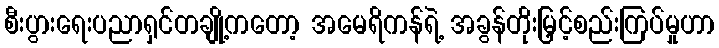
စီးပွားရေးပညာရှင်တချို့ကတော့ အမေရိကန်ရဲ့ အခွန်တိုးမြှင့်စည်းကြပ်မှုဟာ